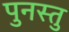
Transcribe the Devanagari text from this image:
पुनस्तु